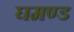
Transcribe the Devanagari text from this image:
घमण्‍ड